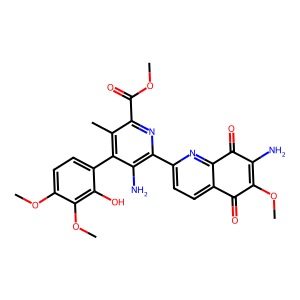
SMILES: COC(=O)c1nc(-c2ccc3c(n2)C(=O)C(N)=C(OC)C3=O)c(N)c(-c2ccc(OC)c(OC)c2O)c1C
Inhibits HIV replication: No